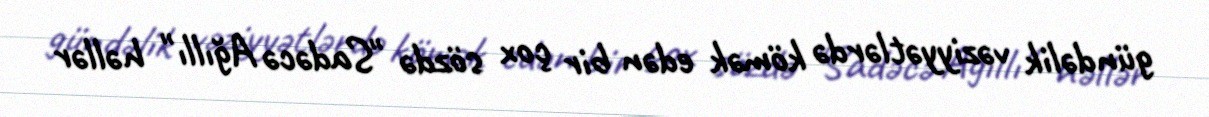
gündəlik vəziyyətlərdə kömək edən bir çox sözdə "Sadəcə Ağıllı" həllər